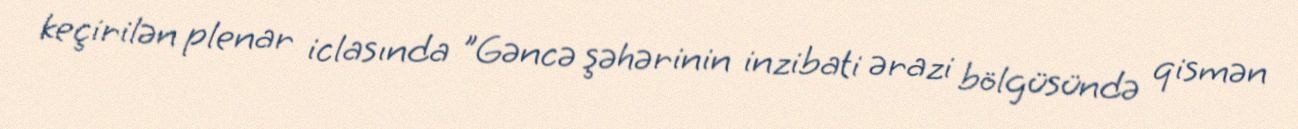
keçirilən plenar iclasında "Gəncə şəhərinin inzibati ərazi bölgüsündə qismən